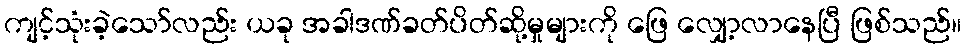
ကျင့်သုံးခဲ့သော်လည်း ယခု အခါဒဏ်ခတ်ပိတ်ဆို့မှုများကို ဖြေ လျှော့လာနေပြီ ဖြစ်သည်။